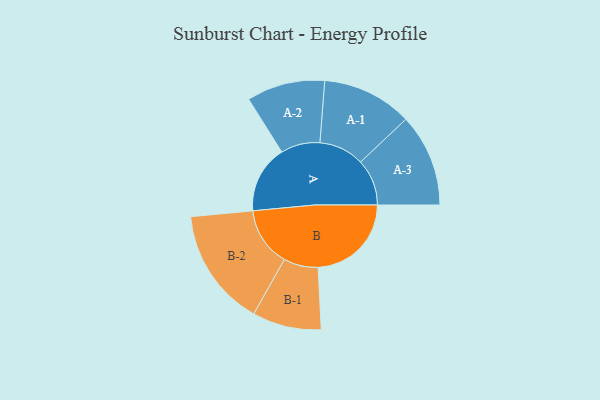
{"axis": {"x": "Segment", "y": "Value"}, "legend": ["", "A", "B"], "data": [{"x": "A", "y": 318, "type": ""}, {"x": "B", "y": 438, "type": ""}, {"x": "A-1", "y": 212, "type": "A"}, {"x": "A-2", "y": 184, "type": "A"}, {"x": "A-3", "y": 218, "type": "A"}, {"x": "B-1", "y": 162, "type": "B"}, {"x": "B-2", "y": 278, "type": "B"}]}